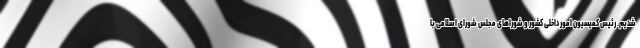
شدیم. رئیس کمیسیون امور داخلی کشور و شوراهای مجلس شورای اسلامی با